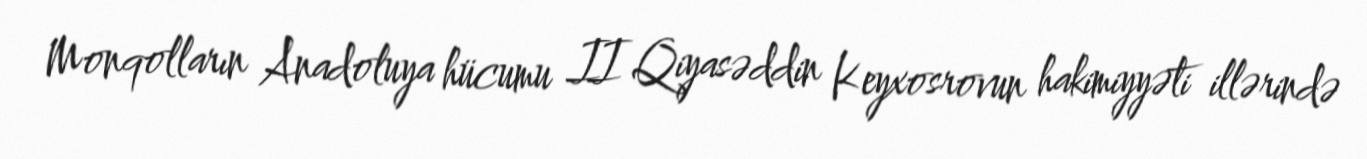
Monqolların Anadoluya hücumu II Qiyasəddin Keyxosrovun hakimiyyəti illərində